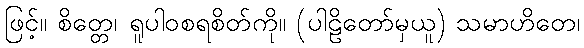
ဖြင့်။ စိတ္တေ၊ ရူပါဝစရစိတ်ကို။ (ပါဠိတော်မှယူ) သမာဟိတေ၊